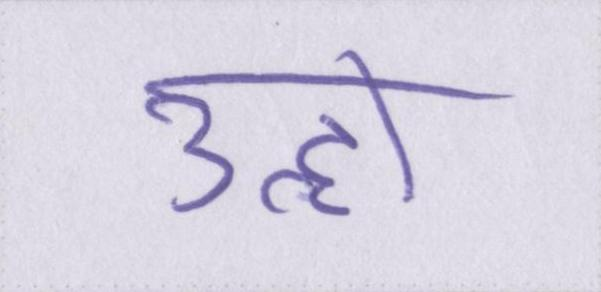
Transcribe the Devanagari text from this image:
उन्हों